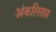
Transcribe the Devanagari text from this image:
अंकलितस